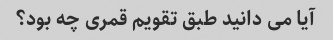
آیا می دانید طبق تقویم قمری چه بود؟